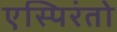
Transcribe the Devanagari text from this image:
एस्पिरंतो